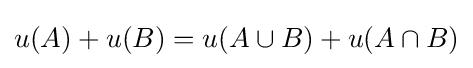
u(A)+u(B)=u(A\cup B)+u(A\cap B)